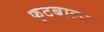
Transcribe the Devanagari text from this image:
फुटबालर